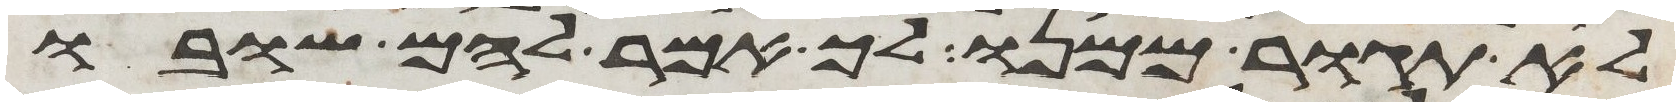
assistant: לא תגור ממנו לך אמר להם שובו